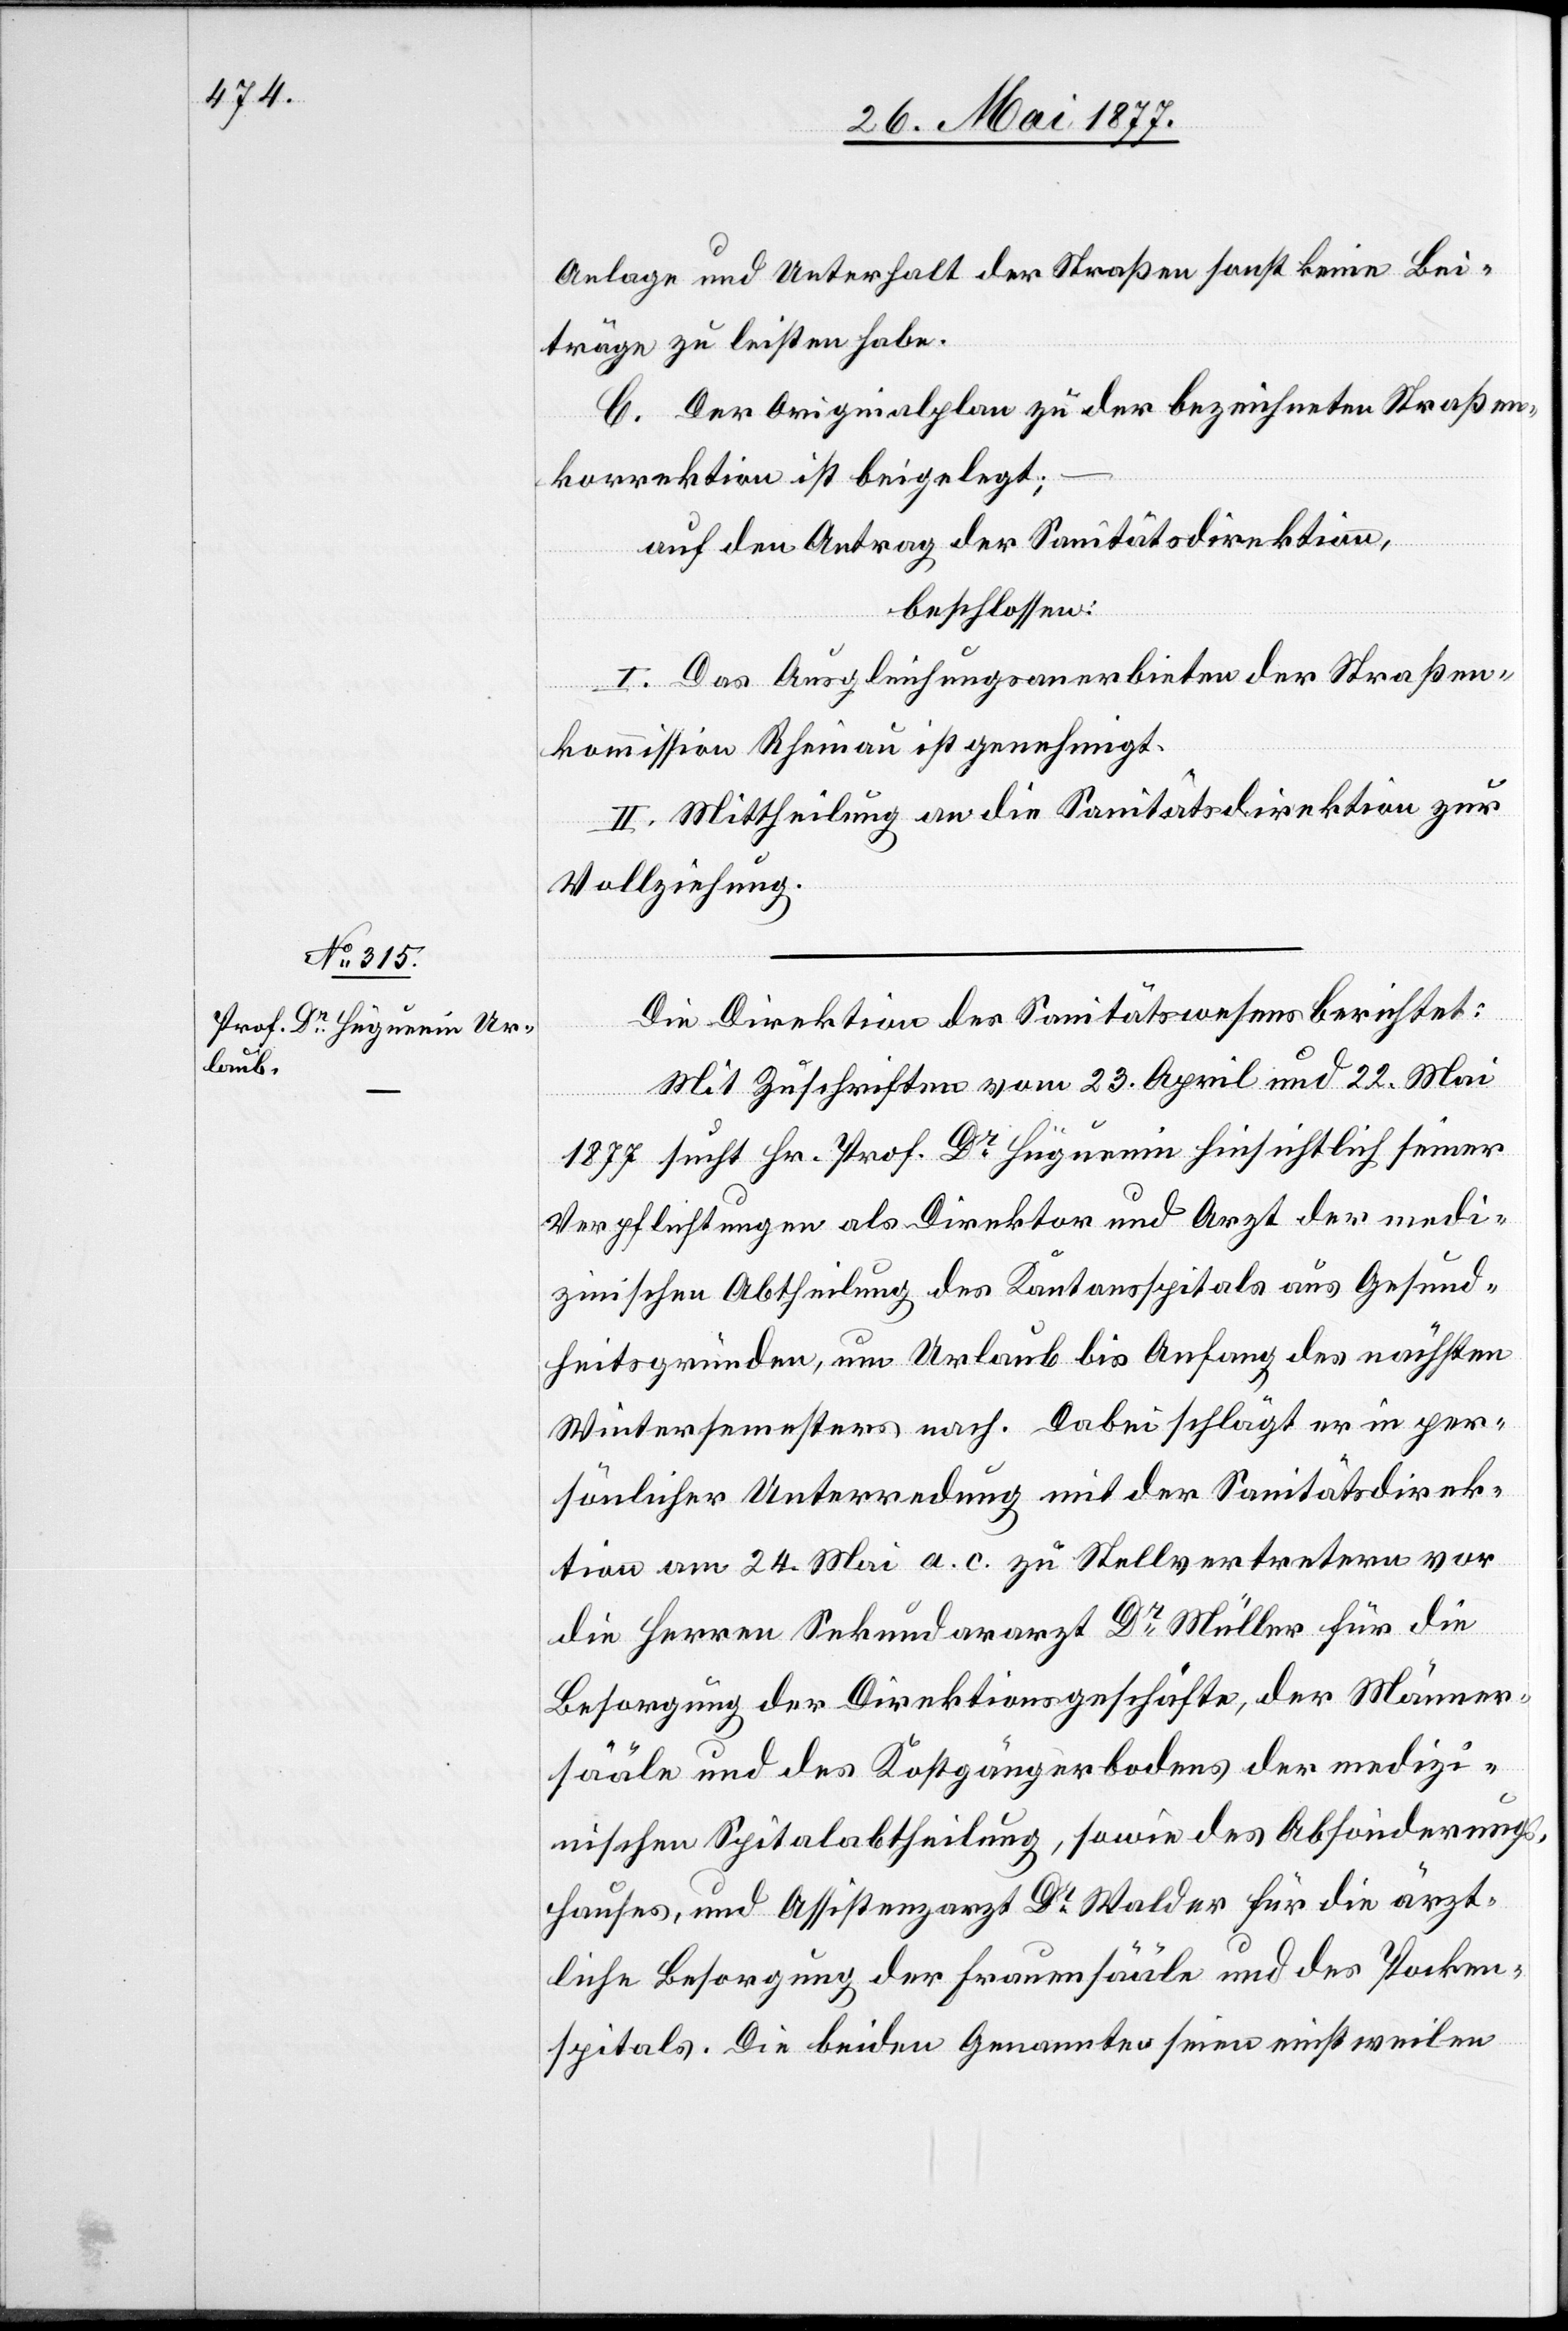
Anlage und Unterhalt der Straßen sonst keine Bei¬
träge zu leisten habe.
C. Der Originalplan zu der bezeichneten Straßen¬
korrektion ist beigelegt;
–
auf den Antrag der Sanitätsdirektion,
beschlossen:
I. Das Ausgleichsanerbieten der Straßen¬
kommission Rheinau ist genehmigt.
II. Mittheilung an die Sanitätsdirektion zur
Vollziehung.
Die Direktion des Sanitätswesens berichtet:
Mit Zuschriften vom 23. April und 22. Mai
1877 sucht Hr. Prof. Dr Hüguenin hinsichtlich seiner
Verpflichtungen als Direktor und Arzt der medi¬
zinischen Abtheilung des Kantonsspitals aus Gesund¬
heitsgründen, um Urlaub bis Anfang des nächsten
Wintersemesters nach. Dabei schlägt er in per¬
sönlicher Unterredung mit der Sanitätsdirek¬
tion am 24. Mai a. c. zu Stellvertretern vor
die Herren Sekundararzt Dr Müller für die
Besorgung der Direktionsgeschäfte, der Männer¬
sääle und des Kostgängerbodens der medizi¬
nischen Spitalabtheilung, sowie des Absonderung¬
shauses, und Assistenzarzt Dr Walder für die ärzt¬
liche Besorgung der Frauensääle und des Pocken¬
spitals. Die beiden Genannten seien einstweilen